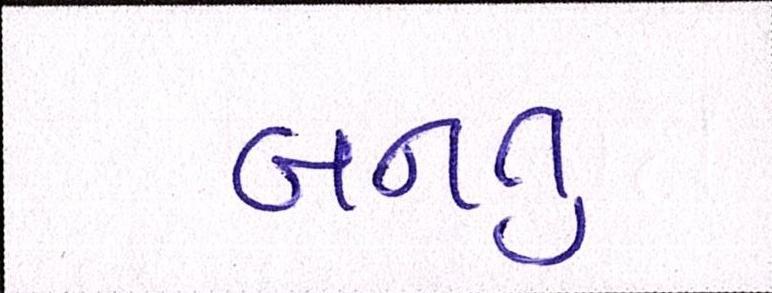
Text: બનતુ